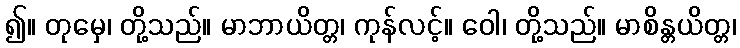
၍။ တုမှေ၊ တို့သည်။ မာဘာယိတ္တ၊ ကုန်လင့်။ ဝေါ၊ တို့သည်။ မာစိန္တယိတ္တ၊